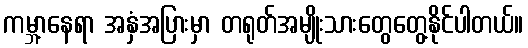
ကမ္ဘာ့နေရာ အနှံအပြားမှာ တရုတ်အမျိုးသားတွေတွေ့နိုင်ပါတယ်။